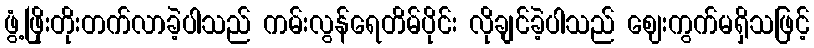
ဖွံ့ဖြိုးတိုးတက်လာခဲ့ပါသည် ကမ်းလွန်ရေတိမ်ပိုင်း လိုချင်ခဲ့ပါသည် ဈေးကွက်မရှိသဖြင့်